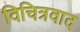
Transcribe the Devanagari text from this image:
विचित्रवाद